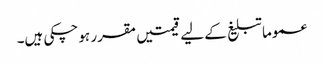
عموما تبلیغ کے لیے قیمتیں مقرر ہو چکی ہیں۔